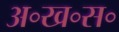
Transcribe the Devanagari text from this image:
अ॰ख॰स॰